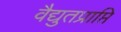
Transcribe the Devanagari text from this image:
वैद्युतप्राप्ति